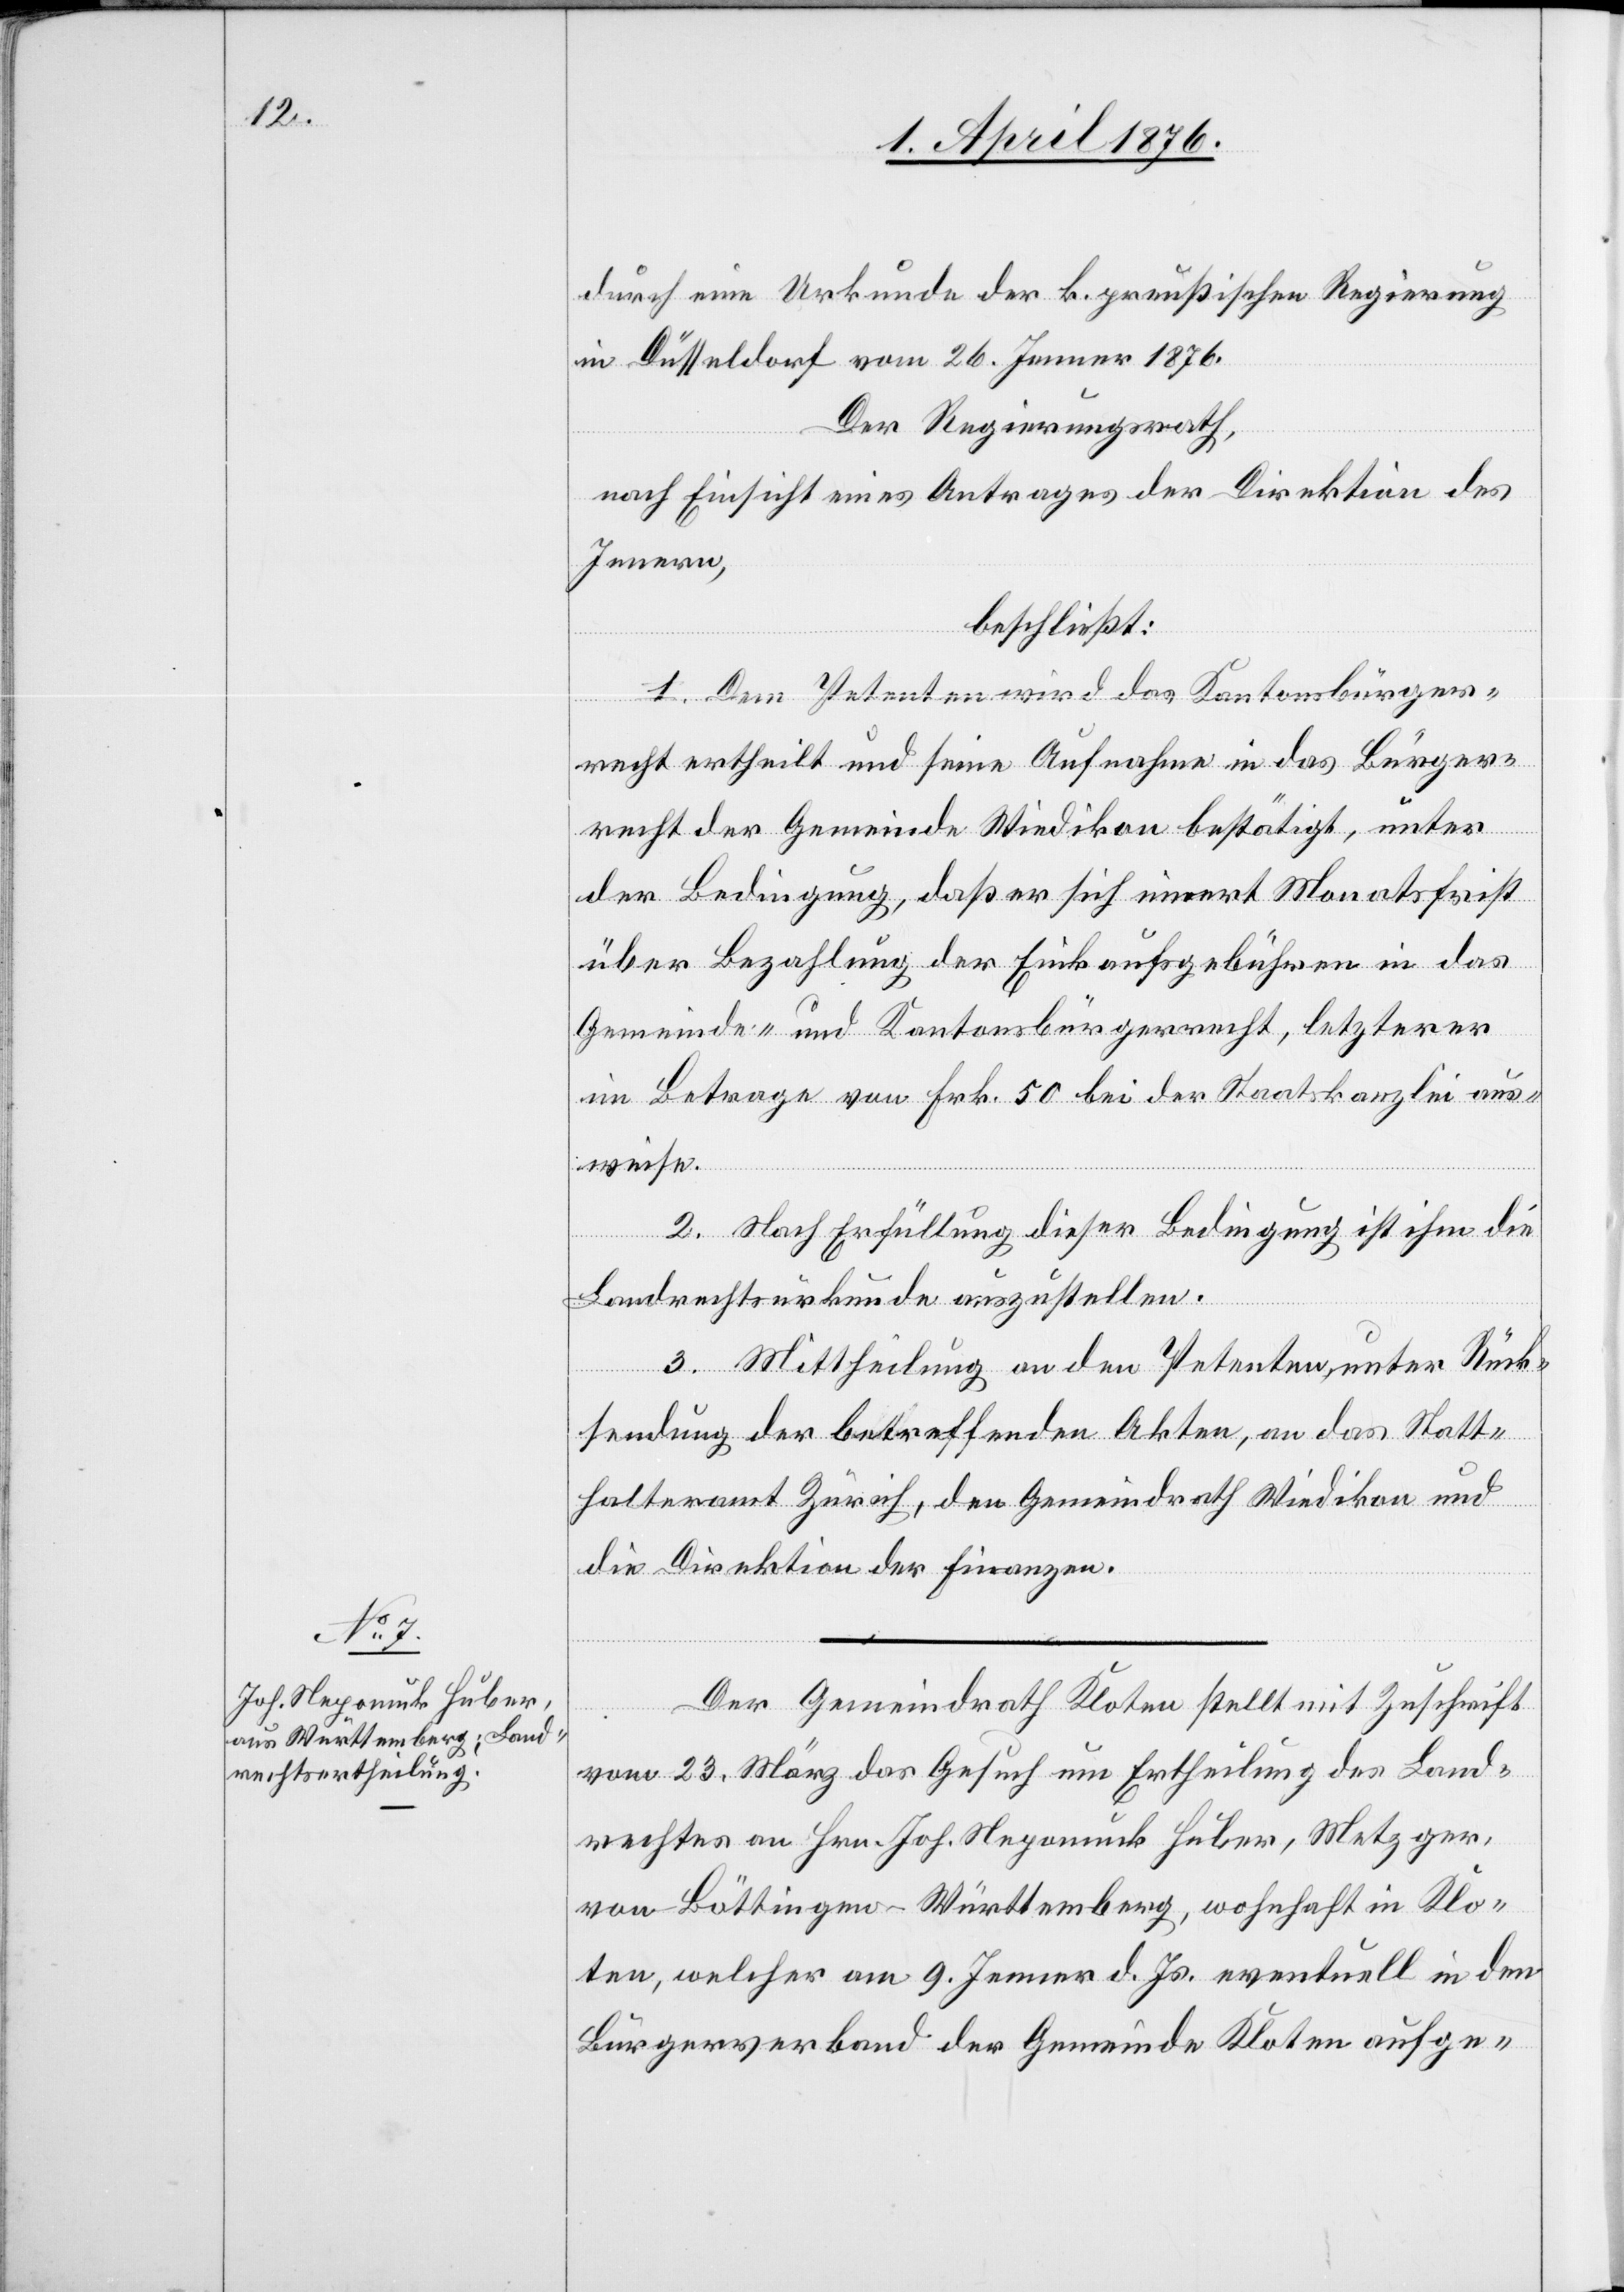
Der Gemeindrath Kloten stellt mit Zuschrift
vom 23. März das Gesuch um Ertheilung des Land¬
rechtes an Hrn. Joh. Nepomuk Huber, Metzger,
von Böttingen-Württemberg, wohnhaft in Klo¬
ten, welcher am 9. Jenner d. Js. eventuell in der
Bürgerverband der Gemeinde Kloten aufge-